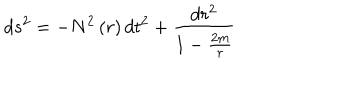
d s ^ { 2 } = - N ^ { 2 } \left( r \right) d t ^ { 2 } + \frac { d r ^ { 2 } } { 1 - \frac { 2 m } { r } }